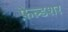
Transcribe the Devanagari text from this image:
फ़ेल्डशर